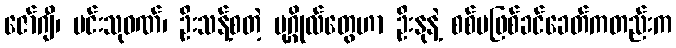
ဇော်ဂျီ၊ မင်းသုဝဏ်၊ ဦးသန့်စတဲ့ ပုဂ္ဂိုလ်တွေဟာ ဦးနုနဲ့ စစ်မဖြစ်ခင်ခေတ်ကတည်းက